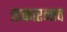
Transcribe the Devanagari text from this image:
ताकारनाव